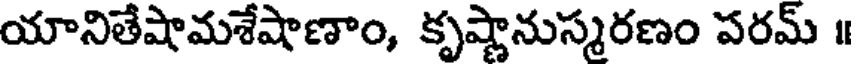
యానితేషామశేషాణాం, కృష్ణానుస్మరణం పరమ్ ॥